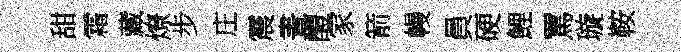
甜霜藏燎步庄震晝醴家箭幔員硬鯉罵璇鞍